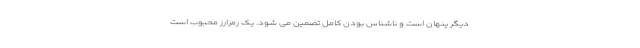
دیگر پنهان است و ناشناس بودن کامل تضمین می شود. یک رمزارز محبوب است